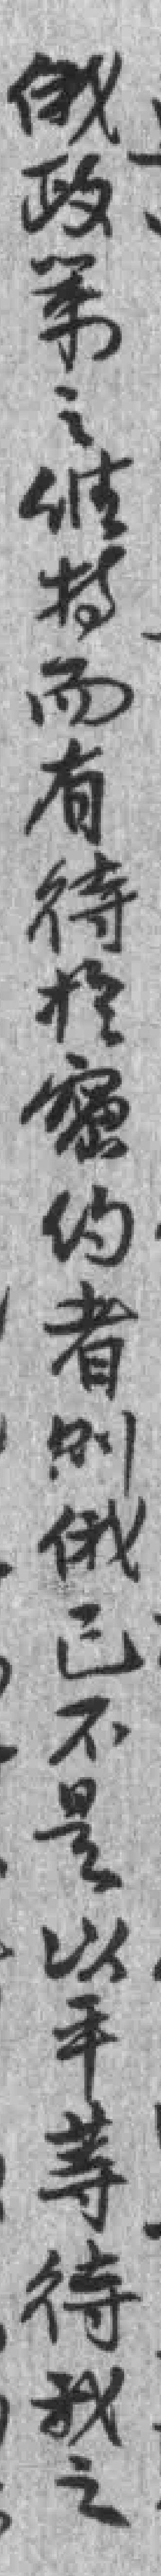
俄政策之维持而有待於密约者则已不是以平等待我之